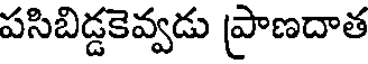
పసిబిడ్డకెవ్వడు ప్రాణదాత